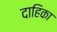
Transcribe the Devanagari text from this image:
दाहिका